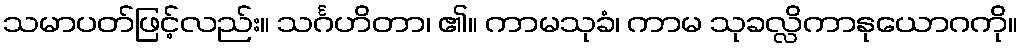
သမာပတ်ဖြင့်လည်း။ သင်္ဂဟိတာ၊ ၏။ ကာမသုခံ၊ ကာမ သုခလ္လိကာနုယောဂကို။